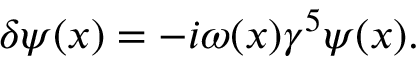
\delta \psi ( x ) = - i \omega ( x ) \gamma ^ { 5 } \psi ( x ) .